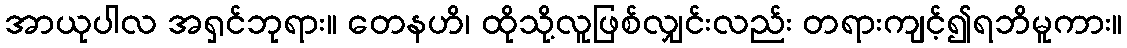
အာယုပါလ အရှင်ဘုရား။ တေနဟိ၊ ထိုသို့လူဖြစ်လျှင်းလည်း တရားကျင့်၍ရဘိမူကား။